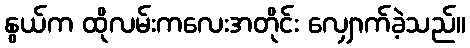
နွယ်က ထိုလမ်းကလေးအတိုင်း လျှောက်ခဲ့သည်။